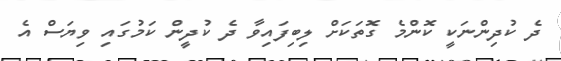
ދެ ކުދިންނަކީ ކޮންމެ ގޮތަކަށް ލިބިފައިވާ ދެ ކުދީން ކަމުގައި ވިޔަސް އެ